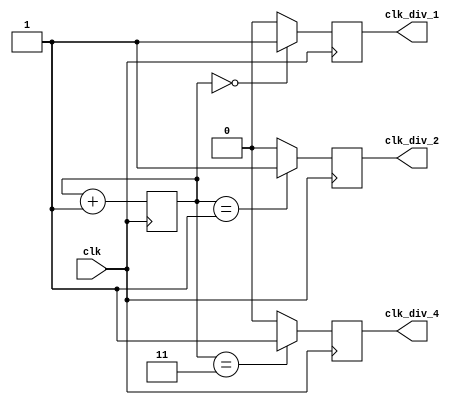
module RippleCounterClockDivider (
    input wire clk,
    output wire clk_div_1,
    output wire clk_div_2,
    output wire clk_div_4
);

reg [2:0] counter;

always @(posedge clk) begin
    counter <= counter + 1;
    
    if (counter == 3'b000)
        clk_div_1 <= 1'b1;
    else
        clk_div_1 <= 1'b0;
    
    if (counter == 3'b001)
        clk_div_2 <= 1'b1;
    else
        clk_div_2 <= 1'b0;
    
    if (counter == 3'b011)
        clk_div_4 <= 1'b1;
    else
        clk_div_4 <= 1'b0;
end

endmodule